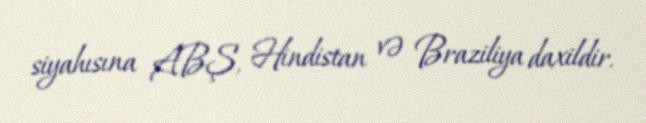
siyahısına ABŞ, Hindistan və Braziliya daxildir.